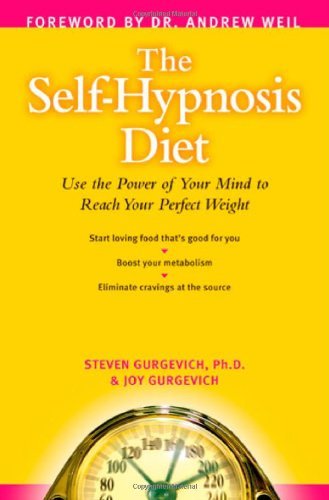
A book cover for The Self-Hypnosis Diet: Use the Power of Your Mind to Reach Your Perfect Weight. Foreward By Andrew Weil; Steven and Joy Gurgevich; Health, Fitness & Dieting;